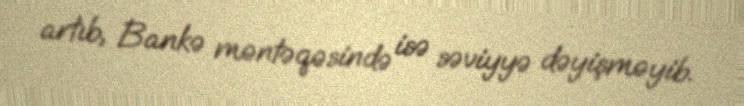
artıb, Bankə məntəqəsində isə səviyyə dəyişməyib.